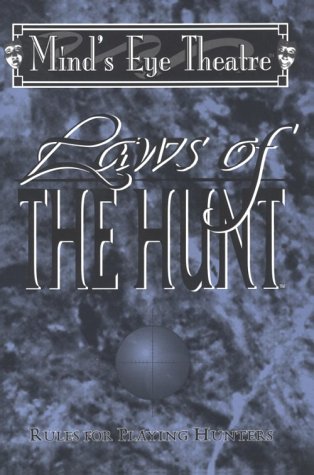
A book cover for Laws of the Hunt : Rules for Playing Hunters; John Wick; Science Fiction & Fantasy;